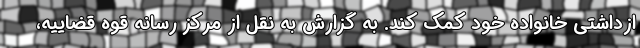
ازداشتی خانواده خود کمک کند. به گزارش به نقل از مرکز رسانه قوه قضاییه،